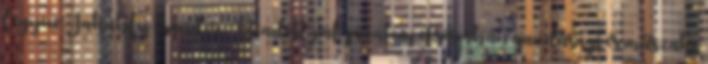
legyen. Jakabfy Sándor: Beadott pályázatom elsősorban gazdasági és műszaki